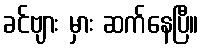
ခင်ဗျား မှား ဆက်နေပြီ။